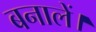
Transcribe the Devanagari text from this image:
बनालें।